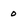
Character: o